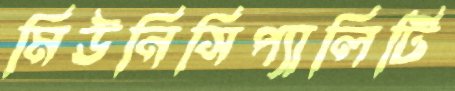
মিউনিসিপ্যালিটি